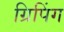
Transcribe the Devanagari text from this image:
ग्रिपिंग